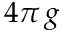
4 \pi \, g